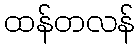
ထန်တလန်